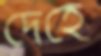
দেহে